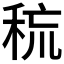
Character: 𰨧